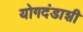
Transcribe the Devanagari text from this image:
योगदंडाशी